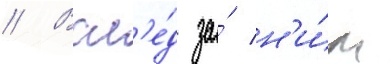
// Всл'е́д за́ н'и́м